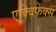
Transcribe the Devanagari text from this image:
एक्विफेक्स